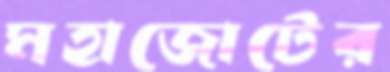
মহাজোটের